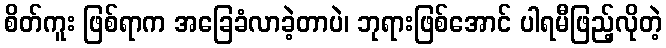
စိတ်ကူး ဖြစ်ရာက အခြေခံလာခဲ့တာပဲ၊ ဘုရားဖြစ်အောင် ပါရမီဖြည့်လိုတဲ့